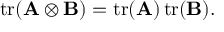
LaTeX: \operatorname { t r } ( \mathbf { A } \otimes \mathbf { B } ) = \operatorname { t r } ( \mathbf { A } ) \operatorname { t r } ( \mathbf { B } ) .